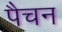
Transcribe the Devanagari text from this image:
पैचन